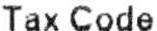
TAX CODE